Insane asylums in Bengal annual reports 1867-1875 - 1867-1875
Year: 1867
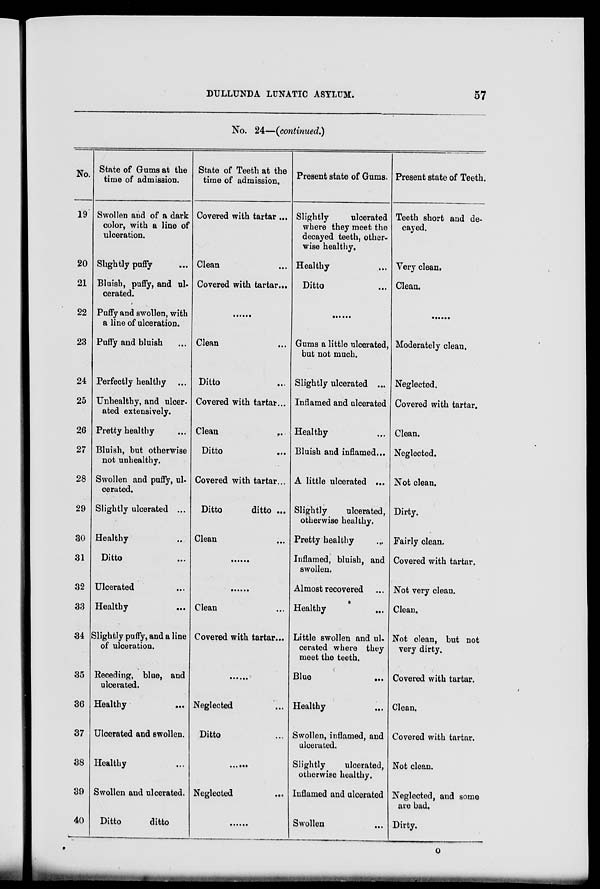
DULLUNDA LUNATIC ASYLUM.
57
No. 24—(continued.)
No.
19
20
21
22
23
24
25
26
27
28
29
30
31
32
33
34
35
36
37
38
39
40
State of Gums at the
time of admission.
Swollen and of a dark
color, with a line of
ulceration.
Slightly puffy ...
Bluish, puffy, and ul-
cerated.
Puffy and swollen, with
a line of ulceration
Puffy and bluish ...
Perfectly healthy ...
Unhealthy, and ulcer¬
ated extensively.
Pretty healthy ...
Bluish, but otherwise
not unhealthy.
Swollen and puffy, ul-
cerated.
Slightly ulcerated ...
Healthy ...
Ditto ...
Ulcerated ...
Healthy ...
Slightly puffy, and a line
of ulceration.
Receding, blue, and
ulcerated.
Healthy
...
Ulcerated and swollen.
Healthy ...
Swollen and ulcerated.
Ditto
ditto
State of Teeth at the
time of admission.
Covered with tartar...
Clean ...
Covered with tartar...
......
Clean ...
Ditto ...
Covered with tartar...
Clean
...
Ditto ...
Covered with tartar...
Ditto
ditto ...
Clean ...
......
......
Clean ...
Covered with tartar...
......
Neglected ......
Ditto ......
......
Neglected
...
......
Present state of Gums.
Slightly
ulcerated
where they meet the
decayed teeth, other-
wise healthy.
Healthy ...
Ditto ...
......
Gums a little ulcerated,
but not much. ...
Slightly ulcerated ...
Inflamed and ulcerated
Healthy ...
Bluish and inflamed...
A little ulcerated ...
Slightly
ulcerated,
otherwise healthy.
Pretty healthy ...
Inflamed, bluish, and
swollen.
Almost recovered ...
Healthy
„.
Little swollen and ul-
cerated where they
meet the teeth.
Blue ...
Healthy ...
Swollen, inflamed, and
ulcerated.
Slightly
ulcerated,
otherwise healthy.
Inflamed and ulcerated
Swollen ...
Present state of Teeth.
Teeth short and de-
cayed.
Very clean.
Clean.
......
Moderately clean.
Neglected.
Covered with tartar.
Clean.
Neglected.
Not clean.
Dirty.
Fairly clean.
Covered with tartar.
Not very clean.
Clean.
Not clean, but not
very dirty.
Covered with tartar.
Clean.
Covered with tartar.
Not clean.
Neglected, and some
are bad.
Dirty.
O